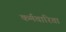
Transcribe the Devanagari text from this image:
कर्मचारिता